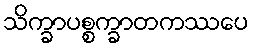
သိက္ခာပစ္စက္ခာတကဿပေ